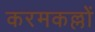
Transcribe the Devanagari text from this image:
करमकल्लों